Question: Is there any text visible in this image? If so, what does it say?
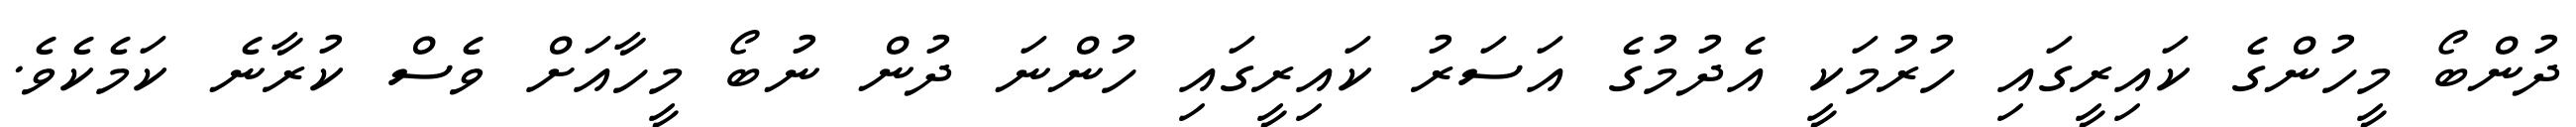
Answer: ދުންބޯ މީހުންގެ ކައިރީގައި ހުރުމަކީ އެދުމުގެ އަސަރު ކައިރީގައި ހުންނަ ދުން ނުބޯ މީހާއަށް ވެސް ކުރާނެ ކަމެކެވެ.